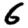
Digit: 6